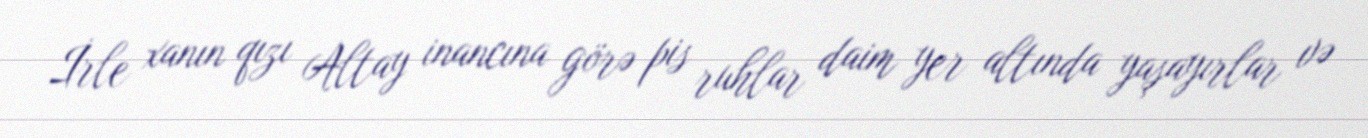
İrle xanın qızı Altay inancına görə pis ruhlar daim yer altında yaşayırlar və